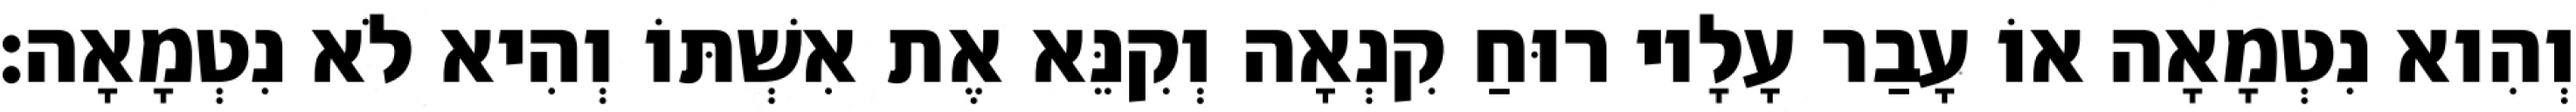
וְהִוא נִטְמָאָה אוֹ עָבַר עָלָיו רוּחַ קִנְאָה וְקִנֵּא אֶת אִשְׁתּוֹ וְהִיא לֹא נִטְמָאָה׃